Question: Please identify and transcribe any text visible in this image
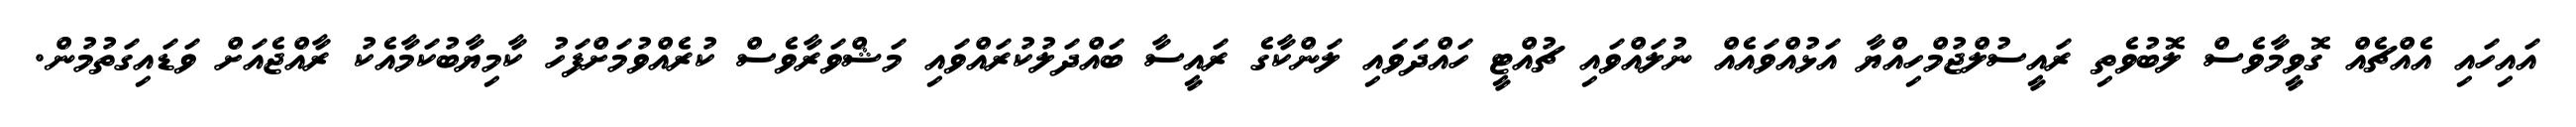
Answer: އައިހައި އެއްޗެއް ގޮވީމާވެސް ލޮބުވެތި ރައީސުލްޖުމްހިއްޔާ އަޅުއްވައެއް ނުލައްވައި ޗުއްޓީ ހައްދަވައި ލަންކާގެ ރައީސާ ބައްދަލުކުރައްވައި މަޝްވަރާވެސް ކުރެއްވުމަށްފަހު ކާމިޔާބުކަމާއެކު ރާއްޖެއަށް ވަޑައިގަތުމުން.